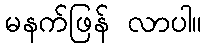
မနက်ဖြန် လာပါ။